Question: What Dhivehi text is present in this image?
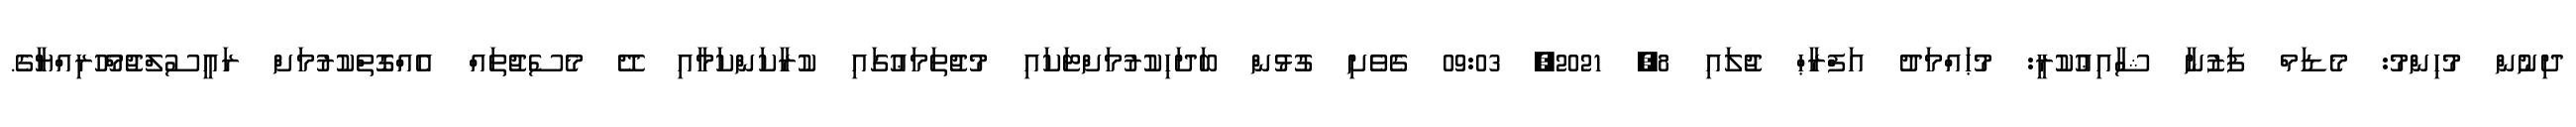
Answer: ދިނުން މުހިންމު: މެޑަމް ފަޒުނާ ޝާއިޢުކުރީ: މުޙައްމަދު އަފްރާޙް ޖުލައި 8, 2021, 09:03 ގެވެށި ގުޅުން ބަދަހިކުރުމަށްޓަކައި މުޖުތަމަޢުގައި ކުރާކަންކަމާއި ދޭ މެސެޖުތައް އެއްގޮތްކުރުމަށް ރައީސުލްޖުމްހޫރިއްޔާގެ.